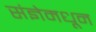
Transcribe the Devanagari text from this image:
संज्ञेमधून